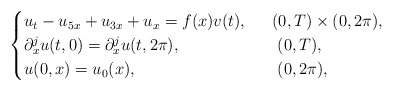
\begin{align*}\begin{cases}u_t-u_{5x}+u_{3x}+u_x=f(x)v(t), & \ \ (0,T)\times (0,2\pi),\\\partial_x^{j}u(t,0)=\partial_x^{j} u (t,2\pi), & \ \ \ (0,T),\\u(0,x)=u_0(x),&\ \ \ (0,2\pi),\end{cases}\end{align*}